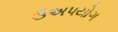
ઉઅપયોગ